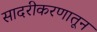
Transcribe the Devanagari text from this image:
सादरीकरणातून